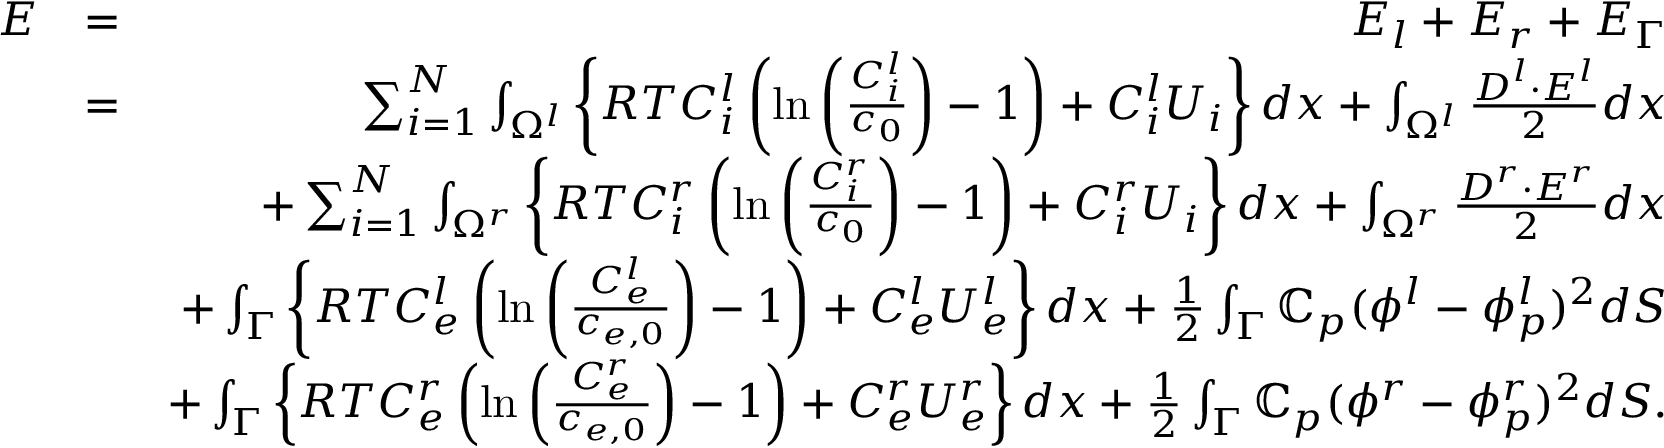
\begin{array} { r l r } { E } & { = } & { E _ { l } + E _ { r } + E _ { \Gamma } } \\ & { = } & { \sum _ { i = 1 } ^ { N } \int _ { \Omega ^ { l } } \left\{ R T C _ { i } ^ { l } \left( \ln { \left( \frac { C _ { i } ^ { l } } { c _ { 0 } } \right) } - 1 \right) + C _ { i } ^ { l } U _ { i } \right\} d x + \int _ { \Omega ^ { l } } \frac { \boldsymbol { D } ^ { l } \cdot \boldsymbol { E } ^ { l } } { 2 } d x } \\ & { } & { + \sum _ { i = 1 } ^ { N } \int _ { \Omega ^ { r } } \left\{ R T C _ { i } ^ { r } \left( \ln { \left( \frac { C _ { i } ^ { r } } { c _ { 0 } } \right) } - 1 \right) + C _ { i } ^ { r } U _ { i } \right\} d x + \int _ { \Omega ^ { r } } \frac { \boldsymbol { D } ^ { r } \cdot \boldsymbol { E } ^ { r } } { 2 } d x } \\ & { } & { + \int _ { \Gamma } \left\{ R T C _ { e } ^ { l } \left( \ln { \left( \frac { C _ { e } ^ { l } } { c _ { e , 0 } } \right) } - 1 \right) + C _ { e } ^ { l } U _ { e } ^ { l } \right\} d x + \frac 1 2 \int _ { \Gamma } \mathbb { C } _ { p } ( \phi ^ { l } - \phi _ { p } ^ { l } ) ^ { 2 } d S } \\ & { } & { + \int _ { \Gamma } \left\{ R T C _ { e } ^ { r } \left( \ln { \left( \frac { C _ { e } ^ { r } } { c _ { e , 0 } } \right) } - 1 \right) + C _ { e } ^ { r } U _ { e } ^ { r } \right\} d x + \frac 1 2 \int _ { \Gamma } \mathbb { C } _ { p } ( \phi ^ { r } - \phi _ { p } ^ { r } ) ^ { 2 } d S . } \end{array}